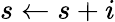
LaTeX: s\gets s+i